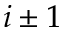
i \pm 1